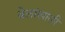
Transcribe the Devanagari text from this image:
वेलांखाली